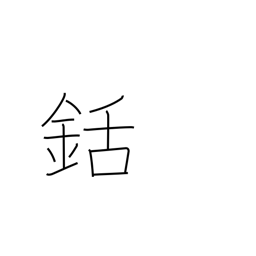
Meaning: harpoon